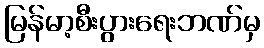
မြန်မာ့စီးပွားရေးဘဏ်မှ